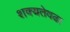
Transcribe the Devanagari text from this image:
शक्यतेवढा